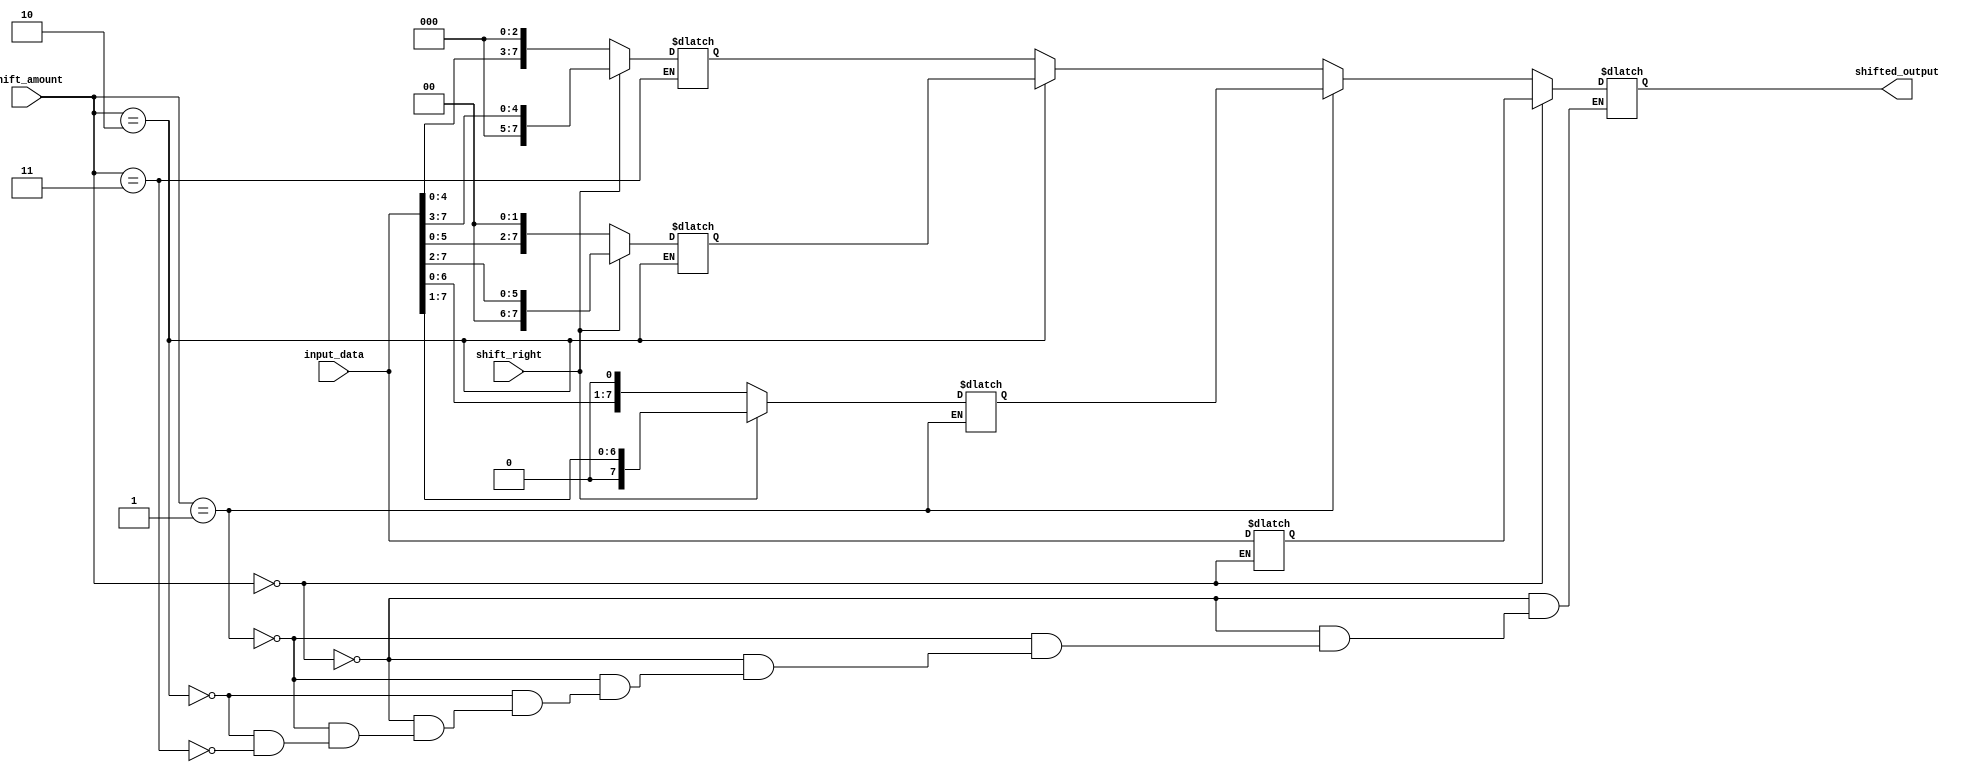
module BarrelShifter (
    input wire [7:0] input_data,
    input wire [2:0] shift_amount,
    input wire shift_right,
    output reg [7:0] shifted_output
);

reg [7:0] stage0, stage1, stage2, stage3;

always @(*) begin
    case(shift_amount)
        3'b000: begin
            stage0 = input_data;
        end
        3'b001: begin
            if(shift_right)
                stage1 = {1'b0, input_data[7:1]};
            else
                stage1 = {input_data[6:0], 1'b0};
        end
        3'b010: begin
            if(shift_right)
                stage2 = {2'b00, input_data[7:2]};
            else
                stage2 = {input_data[5:0], 2'b00};
        end
        3'b011: begin
            if(shift_right)
                stage3 = {3'b000, input_data[7:3]};
            else
                stage3 = {input_data[4:0], 3'b000};
        end
    endcase
end

always @(*) begin
    if(shift_amount == 3'b000)
        shifted_output = stage0;
    else if(shift_amount == 3'b001)
        shifted_output = stage1;
    else if(shift_amount == 3'b010)
        shifted_output = stage2;
    else if(shift_amount == 3'b011)
        shifted_output = stage3;
end

endmodule